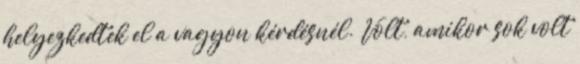
helyezkedtek el a vagyon kérdésnél. Volt, amikor sok volt